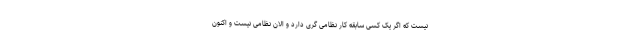
نیست که اگر یک کسی سابقه کار نظامی گری دارد و الان نظامی نیست و اکنون